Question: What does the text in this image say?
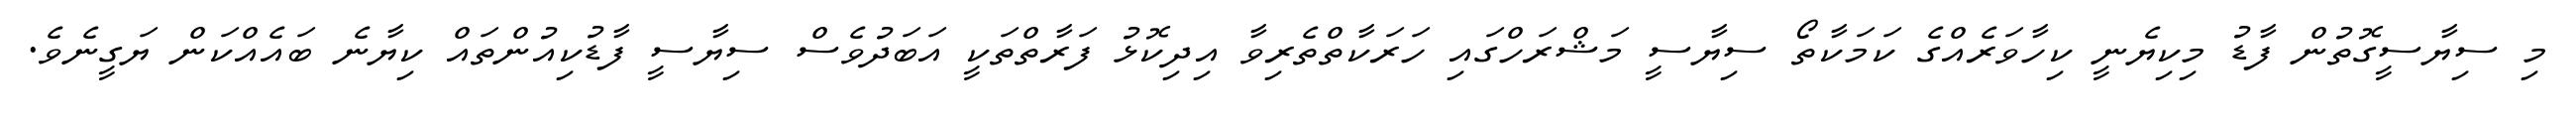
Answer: މި ސިޔާސީގޮތުން ފާޑު މިކިޔެނީ ކިހާވަރެއްގެ ކަމަކާތޯ ސިޔާސީ މަޝްރަހްގައި ހަރަކާތްތެރިވާ އިދިކޮޅު ފަރާތްތަކީ އަބަދުވެސް ސިޔާސީ ފާޑުކިއުންތައް ކިޔާނެ ބައެއްކަން ޔަގީނެވެ.